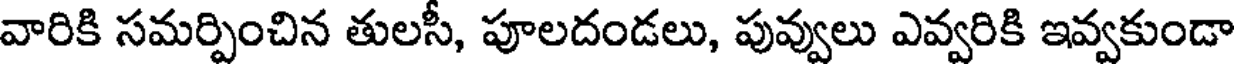
వారికి సమర్పించిన తులసీ, పూలదండలు, పువ్వులు ఎవ్వరికి ఇవ్వకుండా